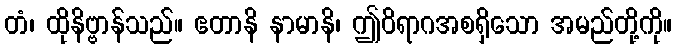
တံ၊ ထိုနိဗ္ဗာန်သည်။ ဧတာနိ နာမာနိ၊ ဤဝိရာဂအစရှိသော အမည်တို့ကို။